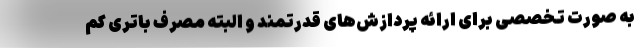
به صورت تخصصی برای ارائه پردازش‌های قدرتمند و البته مصرف باتری کم